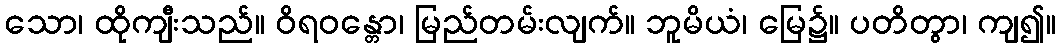
သော၊ ထိုကျီးသည်။ ဝိရဝန္တော၊ မြည်တမ်းလျက်။ ဘူမိယံ၊ မြေ၌။ ပတိတွာ၊ ကျ၍။